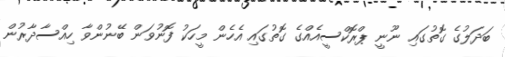
ބަދަލުގެ ގޮތުގައި ނޫނީ ޕްރޮކްސީއެއްގެ ގޮތުގައި އެހެން މީހަކު ފޮނުވަން ބޭނުންވާ ހިއްސާދާރުން